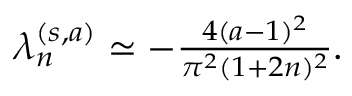
\begin{array} { r } { \lambda _ { n } ^ { ( s , a ) } \simeq - \frac { 4 ( a - 1 ) ^ { 2 } } { \pi ^ { 2 } ( 1 + 2 n ) ^ { 2 } } . } \end{array}